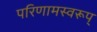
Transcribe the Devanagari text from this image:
परिणामस्वरूप्